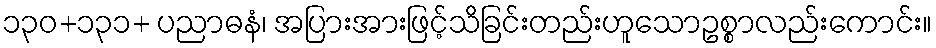
၁၃၀+၁၃၁+ ပညာဓနံ၊ အပြားအားဖြင့်သိခြင်းတည်းဟူသောဥစ္စာလည်းကောင်း။